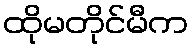
ထိုမတိုင်မီက